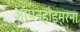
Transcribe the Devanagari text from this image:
ऑपनहाइमरना